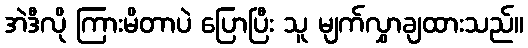
အဲဒီလို ကြားမိတာပဲ ပြောပြီး သူ မျက်လွှာချထားသည်။